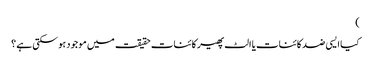
)
کیا ایسی ضد کائنات یا الٹ پھیر کائنات حقیقت میں موجود ہو سکتی ہے ؟